Annual administration report of the Civil Veterinary Department of India - 1893-1894
Year: 1893
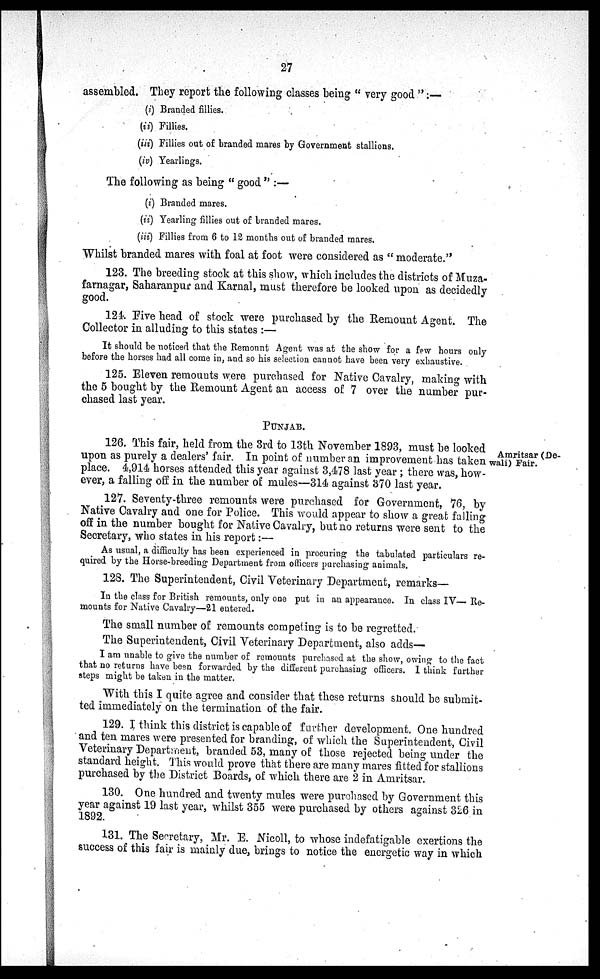
27
assembled. They report the following classes being "very good":—
(i) Branded fillies.
(ii) Fillies.
(iii) Fillies out of branded mares by Government stallions.
(iv) Yearlings.
The following as being "good":—
(i) Branded mares.
(ii) Yearling fillies out of branded mares.
(iii) Fillies from 6 to 12 months out of branded mares.
Whilst branded mares with foal at foot were considered as "moderate."
123. The breeding stock at this show, which includes the districts of Muza-
farnagar, Saharanpur and Karnal, must therefore be looked upon as decidedly
good.
124. Five head of stock were purchased by the Remount Agent. The
Collector in alluding to this states:—
It should be noticed that the Remount Agent was at the show for a few hours only
before the horses had all come in, and so his selection cannot have been very exhaustive.
125. Eleven remounts were purchased for Native Cavalry, making with
the 5 bought by the Remount Agent an access of 7 over the number pur-
chased last year.
PUNJAB.
Amritsar (De-
wali) Fair.
126. This fair, held from the 3rd to 13th November 1893, must be looked
upon as purely a dealers' fair. In point of number an improvement has taken
place. 4,914 horses attended this year against 3,478 last year; there was, how-
ever, a falling off in the number of mules—314 against 370 last year.
127. Seventy-three remounts were purchased for Government, 76, by
Native Cavalry and one for Police. This would appear to show a great falling
off in the number bought for Native Cavalry, but no returns were sent to the
Secretary, who states in his report:—
As usual, a difficulty has been experienced in procuring the tabulated particulars re-
quired by the Horse-breeding Department from officers purchasing animals.
128. The Superintendent, Civil Veterinary Department, remarks—
In the class for British remounts, only one put in an appearance. In class IV— Re-
mounts for Native Cavalry—21 entered.
The small number of remounts competing is to be regretted.
The Superintendent, Civil Veterinary Department, also adds—
I am unable to give the number of remounts purchased at the show, owing to the fact
that no returns have been forwarded by the different purchasing officers. I think further
steps might be taken in the matter.
With this I quite agree and consider that these returns should be submit-
ted immediately on the termination of the fair.
129. I think this district is capable of further development. One hundred
and ten mares were presented for branding, of which the Superintendent, Civil
Veterinary Department, branded 53, many of those rejected being under the
standard height. This would prove that there are many mares fitted for stallions
purchased by the District Boards, of which there are 2 in Amritsar.
130. One hundred and twenty mules were purchased by Government this
year against 19 last year, whilst 355 were purchased by others against 326 in
1892.
131. The Secretary, Mr. E. Nicoll, to whose indefatigable exertions the
success of this fair is mainly due, brings to notice the energetic way in which